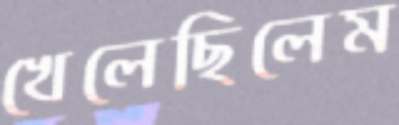
খেলেছিলেম